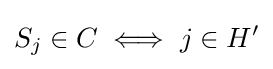
S_{j}\in C\iff j\in H'